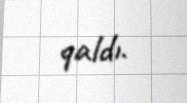
qaldı.